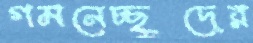
গমনেচ্ছুদের